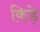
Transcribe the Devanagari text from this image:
किडे़